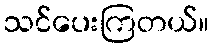
သင်ပေးကြတယ်။